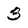
Character: 3